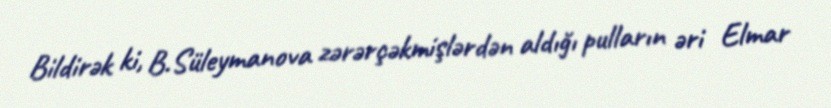
Bildirək ki, B.Süleymanova zərərçəkmişlərdən aldığı pulların əri Elmar